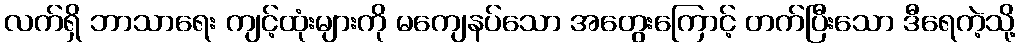
လက်ရှိ ဘာသာရေး ကျင့်ထုံးများကို မကျေနပ်သော အတွေးကြောင့် တက်ပြီးသော ဒီရေကဲ့သို့